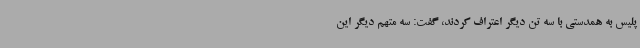
پلیس به همدستی با سه تن دیگر اعتراف کردند، گفت: سه متهم دیگر این